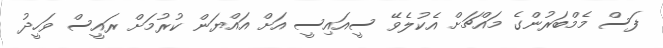
ފަސް މެމްބަރުންގެ މައްޗަށް އެކުލެވޭ ސީއައިސީ އަށް އައްޔަން ކުރުމަށް ރައީސް ވަހީދު